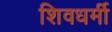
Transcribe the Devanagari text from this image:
शिवधर्मी